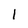
Character: l